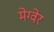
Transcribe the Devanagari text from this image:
मेग्वेर